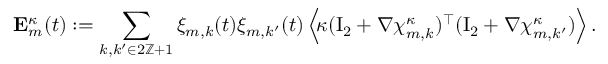
\mathbf { E } _ { m } ^ { \kappa } ( t ) : = \sum _ { k , k ^ { \prime } \in 2 \ensuremath { \mathbb { Z } } + 1 } \xi _ { m , k } ( t ) \xi _ { m , k ^ { \prime } } ( t ) \, \Bigl \langle \! \kappa ( \ensuremath { \mathrm { I } _ { 2 } } + \nabla { \boldsymbol { \chi } } _ { m , k } ^ { \kappa } ) ^ { \intercal } ( \ensuremath { \mathrm { I } _ { 2 } } + \nabla { \boldsymbol { \chi } } _ { m , k ^ { \prime } } ^ { \kappa } ) \Bigr \rangle \, .